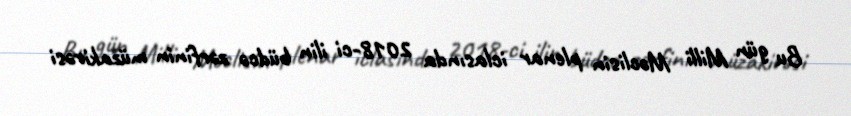
Bu gün Milli Məclisin plenar iclasında 2018-ci ilin büdcə zərfinin müzakirəsi